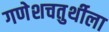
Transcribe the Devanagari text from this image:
गणेशचतुर्थीला